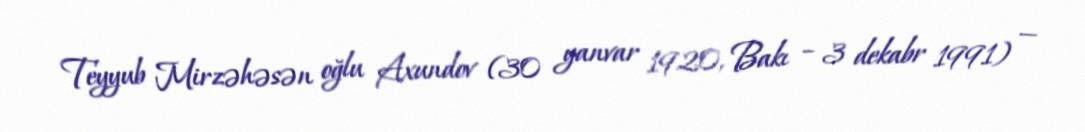
Teyyub Mirzəhəsən oğlu Axundov (30 yanvar 1920, Bakı – 3 dekabr 1991) —